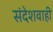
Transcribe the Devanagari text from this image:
संदेशवाही